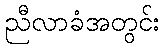
ညီလာခံအတွင်း